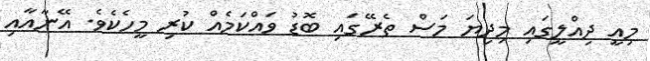
މިއީ ދިއްލީގައި މިދިޔަ މަސް ތެރޭގައި ބޮޑު ވައްކަމެއް ކުރި މީހެކެވެ. އޭނާއާއި